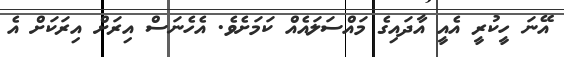
އޭނަ ހީކުރީ އެއީ އާދައިގެ މައްސަލައެއް ކަމަށެވެ. އެހެނަސް އިރަށް އިރަކަށް އެ